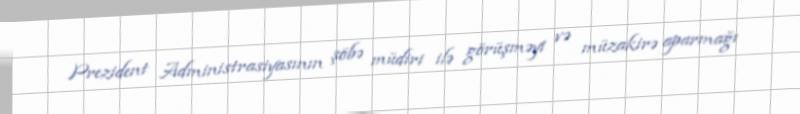
Prezident Administrasiyasının şöbə müdiri ilə görüşməyi və müzakirə aparmağı